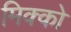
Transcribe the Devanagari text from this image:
मिक्को